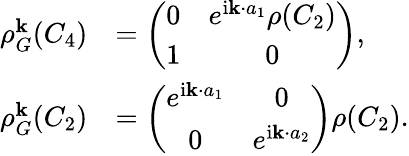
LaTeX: \begin{array}{rl}{\rho_{G}^{\mathbf k}(C_{4})}&{=\left(\begin{array}{cc}{0}&{e^{\mathrm{i}{\mathbf k}\cdot{a}_{1}}\rho(C_{2})}\\ {1}&{0}\end{array}\right),}\\ {\rho_{G}^{\mathbf k}(C_{2})}&{=\left(\begin{array}{cc}{e^{\mathrm{i}{\mathbf k}\cdot{a}_{1}}}&{0}\\ {0}&{e^{\mathrm{i}{\mathbf k}\cdot{a}_{2}}}\end{array}\right)\rho(C_{2}).}\end{array}